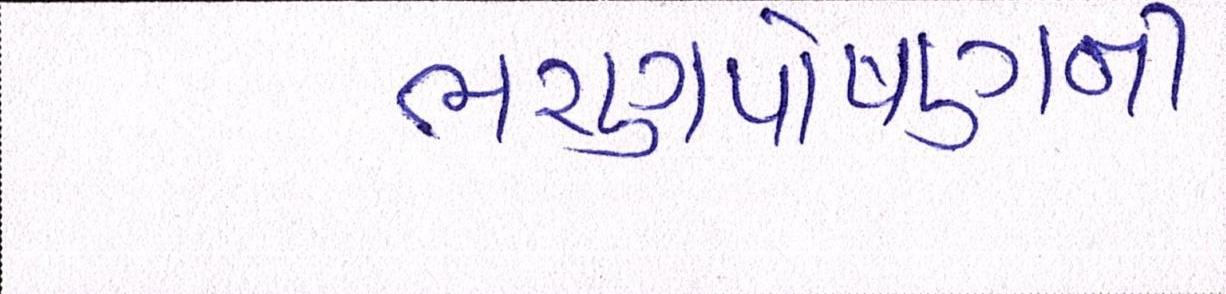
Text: ભરણપોષણની